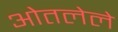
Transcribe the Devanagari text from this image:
ओतलेले